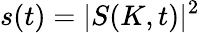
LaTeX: s(t)=|S(K,t)|^{2}